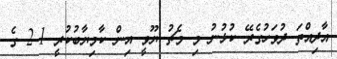
އާދިއްތަ ދުވަހުގެރޭ ކުޅުނު މި މެޗު ޔޫވީ އިން ކާމިޔާބުކުރީ 1-2 ގެ